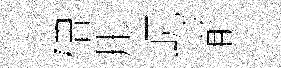
磳彤屼前